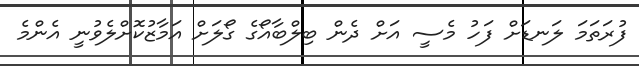
ފުރަތަމަ ލަނޑަށް ފަހު މެސީ އަށް ދެން ބިލްބާއޯގެ ގޯލަށް އަމާޒުކޮށްލެވުނީ އެންމެ